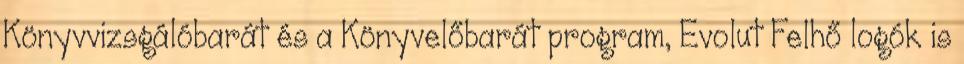
Könyvvizsgálóbarát és a Könyvelőbarát program, Evolut Felhő logók is